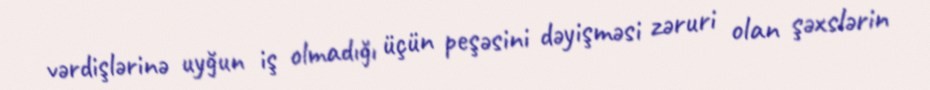
vərdişlərinə uyğun iş olmadığı üçün peşəsini dəyişməsi zəruri olan şəxslərin